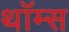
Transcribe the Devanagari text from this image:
थॉम्स